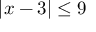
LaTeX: | x - 3 | \leq 9